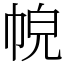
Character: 𢂹